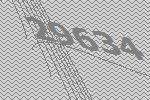
29634